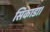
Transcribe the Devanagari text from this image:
सिकाडा।